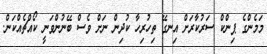
މަމެންގެ ޕިންކް ސަރުކާރަށް އިނގޭ ތިހުރިހާ ކުދިން ނަށް ވެސް ބޭނުންވަނީ ކޯއްޗެެއްކަން.